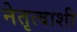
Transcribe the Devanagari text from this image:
नेतृत्वाशी